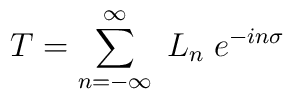
T=\sum_{n=-\infty}^\infty\;L_n\;e^{-in\sigma}